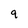
Character: 9